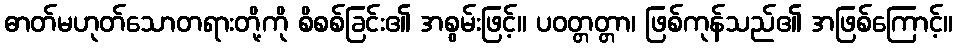
ဓာတ်မဟုတ်သောတရားတို့ကို စိစစ်ခြင်း၏ အစွမ်းဖြင့်။ ပဝတ္တတ္တာ၊ ဖြစ်ကုန်သည်၏ အဖြစ်ကြောင့်။